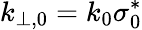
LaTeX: k_{\perp,0}=k_{0}\sigma_{0}^{*}